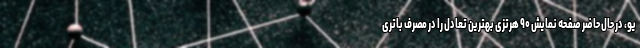
یو، در حال حاضر صفحه نمایش ۹۰ هرتزی بهترین تعادل را در مصرف باتری